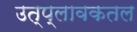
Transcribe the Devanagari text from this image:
उत्प्लावकतल